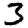
Digit: 3